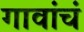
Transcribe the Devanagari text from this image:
गावांचं